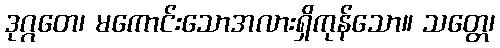
ဒုဂ္ဂတေ၊ မကောင်းသောအလားရှိကုန်သော။ သတ္တေ၊